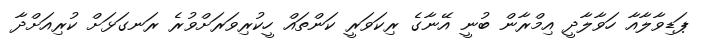
ޕަޑިވާލާއާ ހަވާލާދީ އިމްރާން ބުނީ އޭނާގެ ރިކަވަރީ ކަންތައް ހީކުރިވަރަށްވުރެ ރަނގަޅަށް ކުރިއަށްދާ